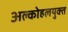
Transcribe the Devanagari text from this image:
अल्कोहलयुक्त